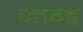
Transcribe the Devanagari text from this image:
प्लग्ड